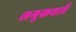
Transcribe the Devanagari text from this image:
लगुकथाएँ